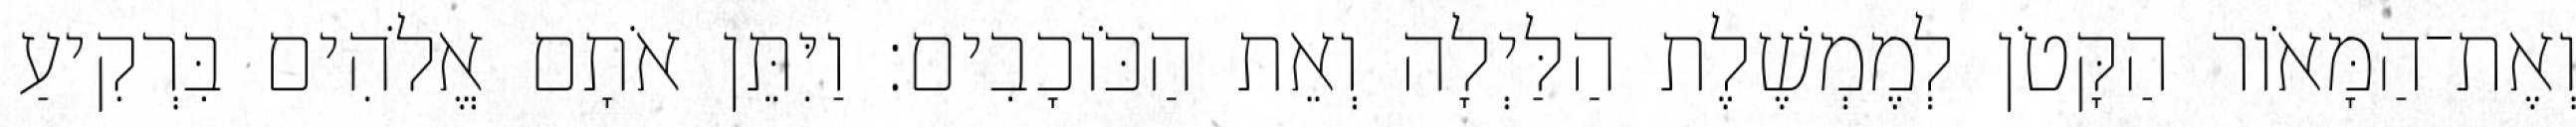
וְאֶת־הַמָּאֹור הַקָּטֹן לְמֶמְשֶׁלֶת הַלַּיְלָה וְאֵת הַכֹּוכָבִים׃ וַיִּתֵּן אֹתָם אֱלֹהִים בִּרְקִיעַ